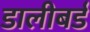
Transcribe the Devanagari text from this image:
डालीबर्ड